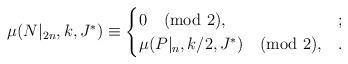
LaTeX: \begin{align*}\mu(N|_{2n},k,J^{\ast})\equiv\begin{cases}0 \pmod2, & ;\\\mu(P|_{n},k/2,J^{\ast}) \pmod2,& .\end{cases}\end{align*}